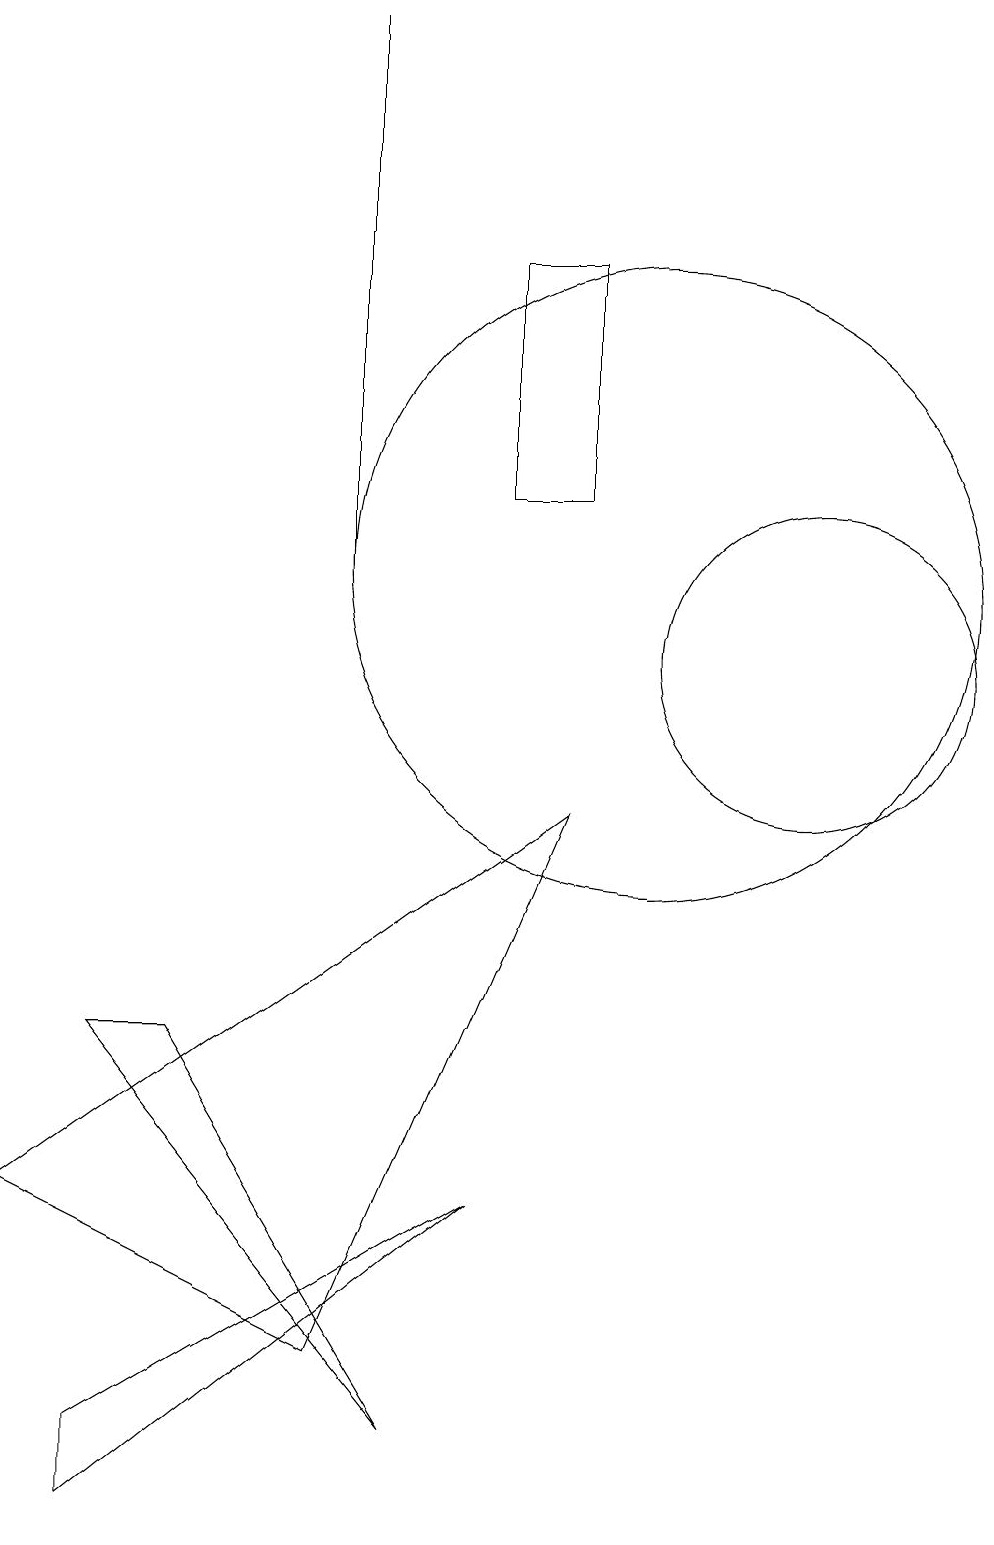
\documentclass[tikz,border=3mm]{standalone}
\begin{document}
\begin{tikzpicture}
\draw (12,11) circle (2);
\draw (10,12) circle (4);
\draw (3,0) -- (3,1) -- (8,4) -- cycle;
\draw (8,16) rectangle (9,13);
\draw (6,12) rectangle (6,19);
\draw (6,2) -- (9,9) -- (2,4) -- cycle;
\draw (7,1) -- (3,6) -- (4,6) -- cycle;
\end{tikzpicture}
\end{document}